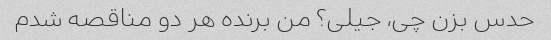
حدس بزن چی، جیلی؟ من برنده هر دو مناقصه شدم